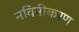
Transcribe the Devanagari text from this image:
नविनीकरण